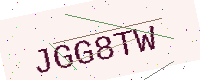
Text: JGG8TW